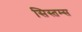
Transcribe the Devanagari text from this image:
सिस्तम्स